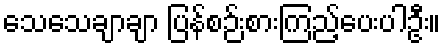
သေသေချာချာ ပြန်စဉ်းစားကြည့်ပေးပါဦး။